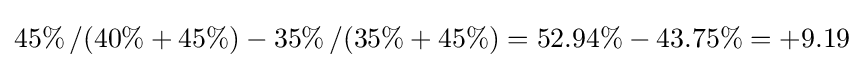
45\%\left/(40\%+45\%\right)-35\%\left/(35\%+45\%\right)=52.94\%-43.75\%=+9.19